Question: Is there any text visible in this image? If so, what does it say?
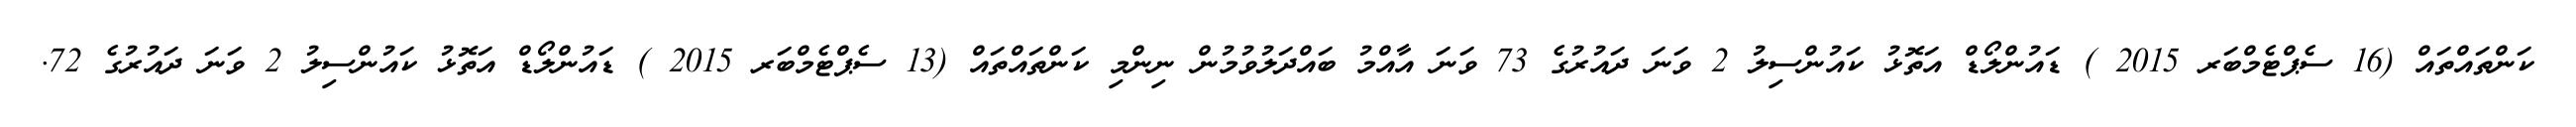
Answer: ކަންތައްތައް (16 ސެޕްޓެމްބަރ 2015 ) ޑައުންލޯޑް އަތޮޅު ކައުންސިލު 2 ވަނަ ދައުރުގެ 73 ވަނަ އާއްމު ބައްދަލުވުމުން ނިންމި ކަންތައްތައް (13 ސެޕްޓެމްބަރ 2015 ) ޑައުންލޯޑް އަތޮޅު ކައުންސިލު 2 ވަނަ ދައުރުގެ 72.